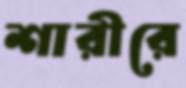
শারীরে